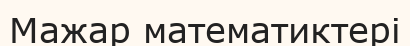
Мажар математиктері